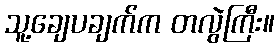
သူ့ချေပချက်က တလွဲကြီး။